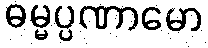
ဓမ္မပ္ပဏာမော